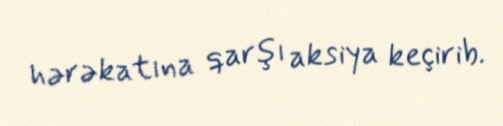
hərəkatına qarşı aksiya keçirib.